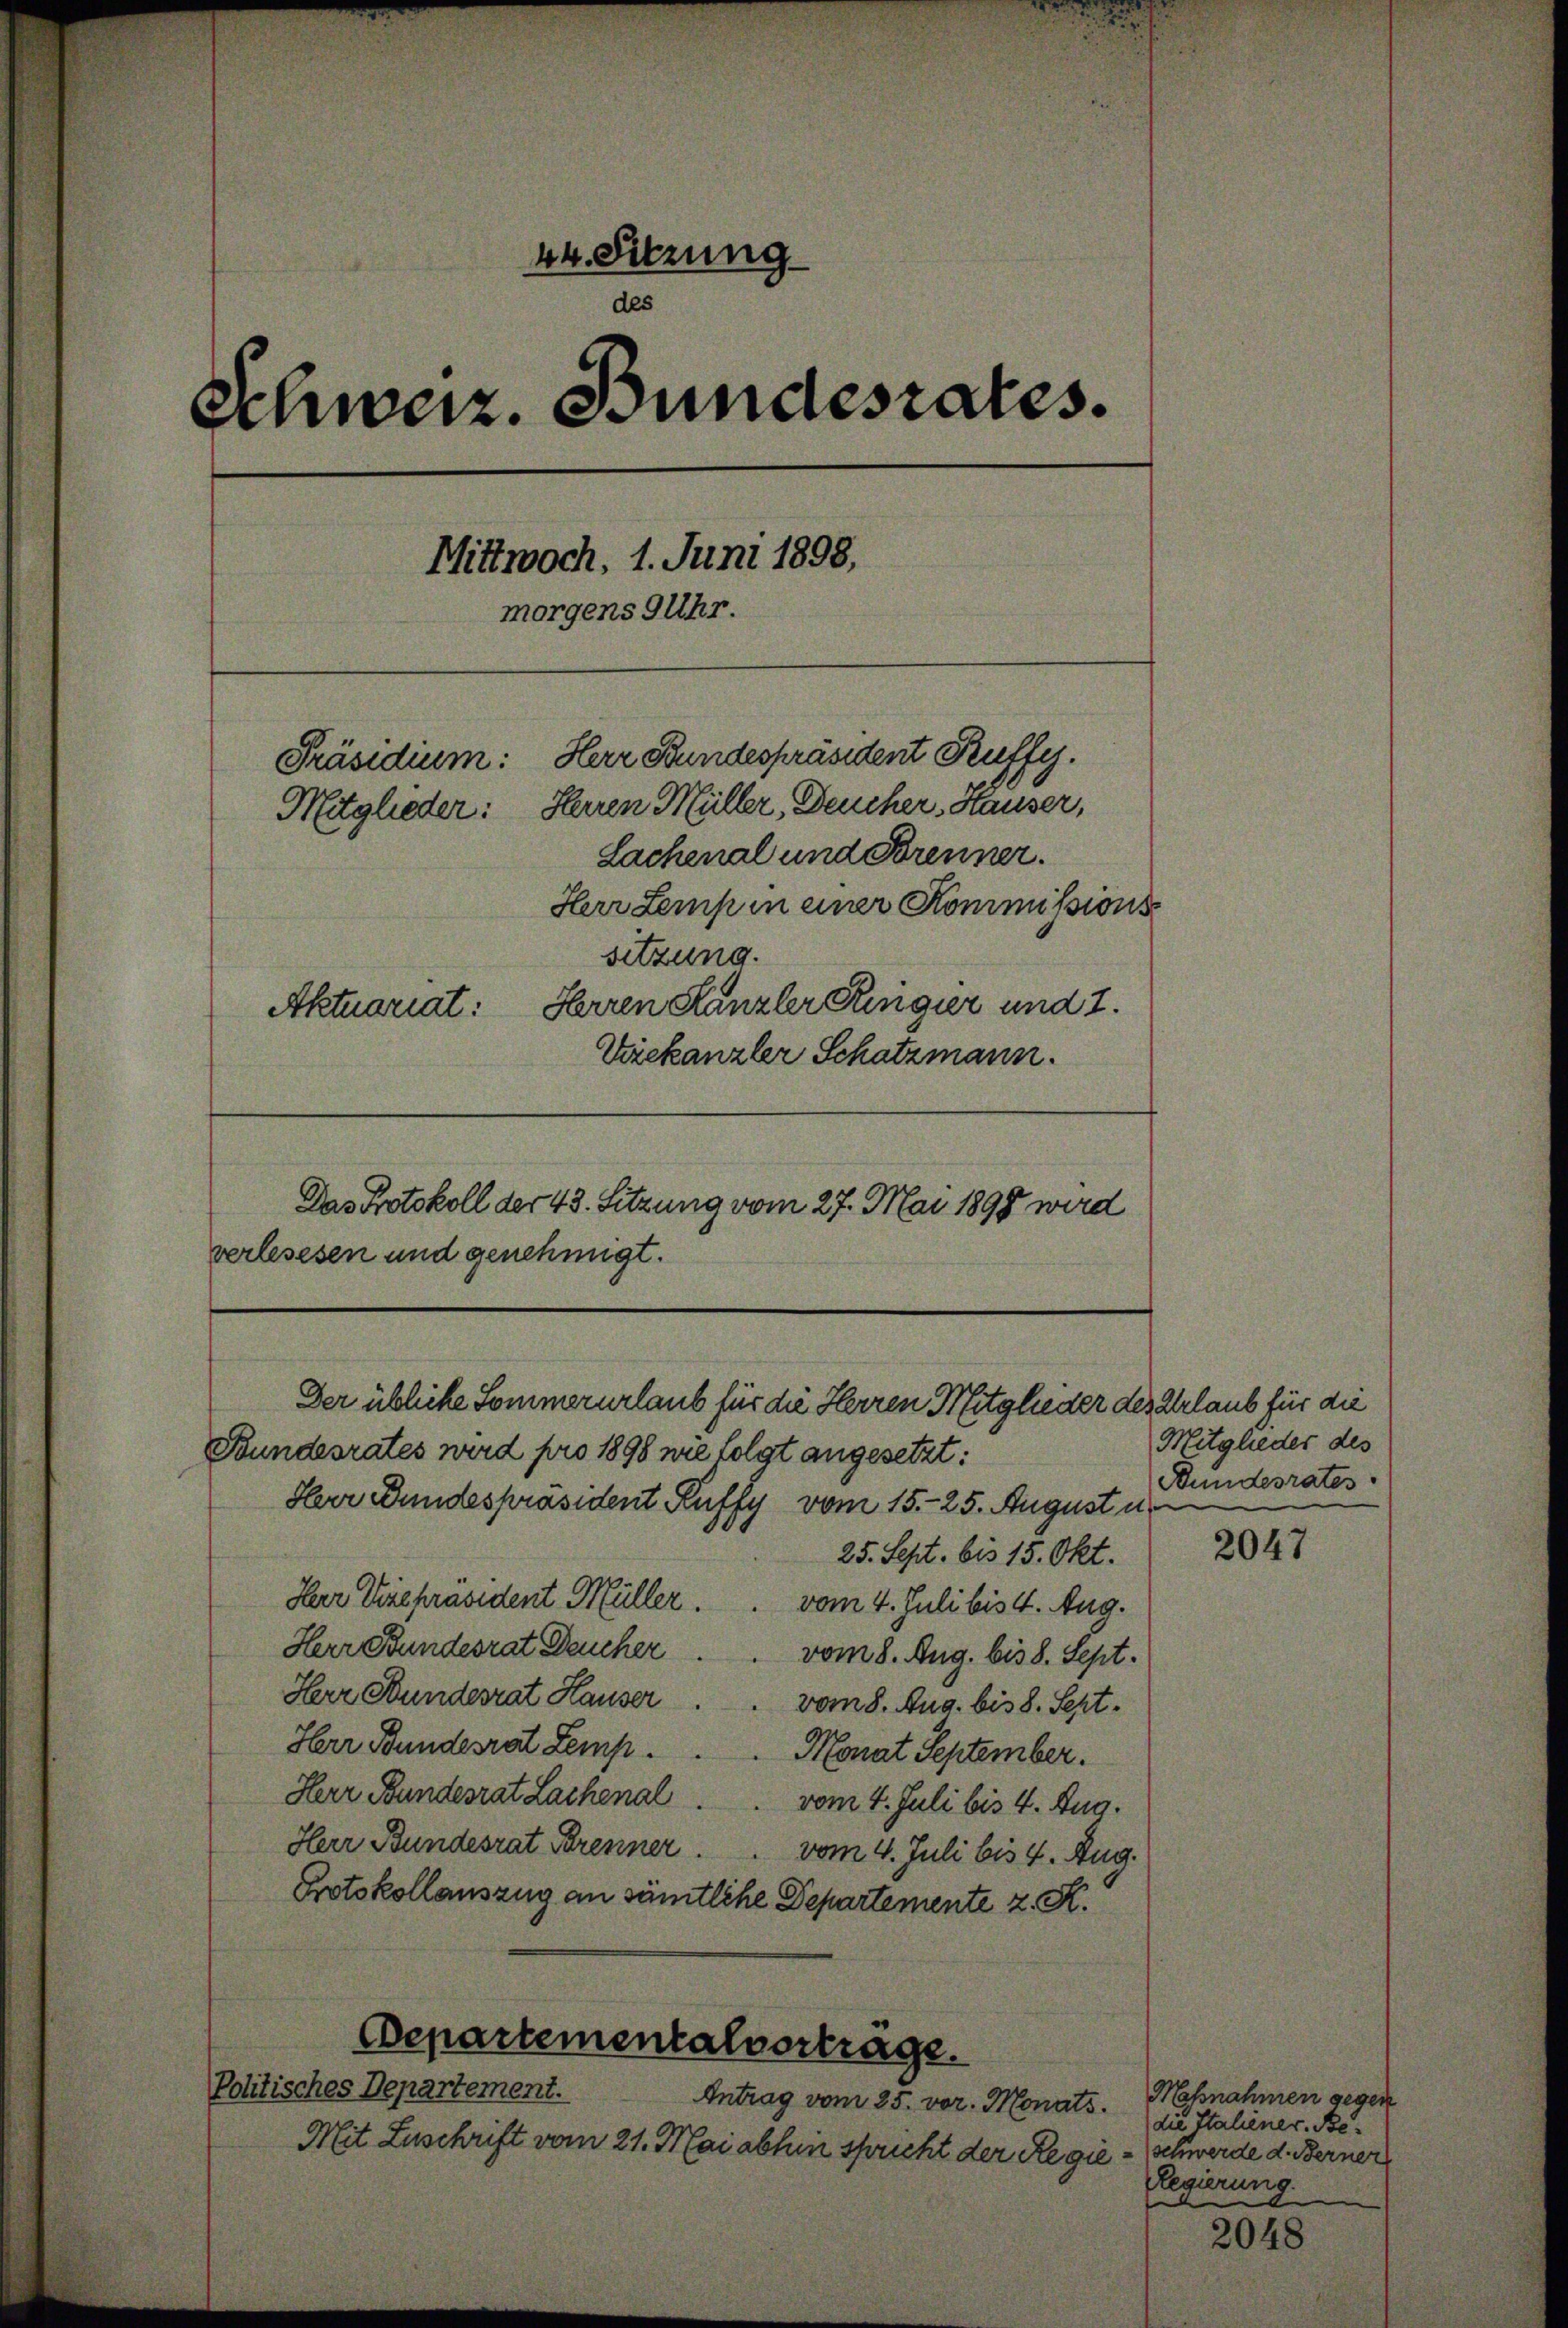
44. Sitzung
des
Schweiz. Bundesrates.
Mittwoch, 1. Juni 1898,
morgens GUhr.
Herr Bundespräsident Kuffy.
Präsidium:
Mitglieder: Herren Müller, Deucher Hauser,
Lachenal und Brenner.
Herr Lemp in einer Kommissions
sitzung.
Aktuariat: Herren Kanzler Regier und 7.
Vrekanzler Schatzmann.
Das Protokoll der 43. Sitzung vom 27. Mai 1898 wird
verlesesen und genehmigt.

Bundesrates wird pro 1898 wie folgt angesetzt:
Herr Bundespräsident Ruffy vom 15. 25. August u
25. Sept. bis 15. Okt.
Herr Vizepräsident Müller.  vom 4. Juli bis 4. Aug.
Herr Bundesrat Deucher . . vom 8. Aug. bis 8. Sept.
Herr Stundesrat Hauser . . vom 8. Aug. bis 8. Sept.
Herr Bundesrat Zemp.
Monat September.
Herr Bundesrat Lachenal. vom 4. Juli bis 4. Aug.
Herr Bundesrat Brenner. vom 4. Juli bis 4. Aug.
Protokollauszug an sämtliche Departemente z. R.

Politisches Departement.
Antrag vom 25. vor. Monats.
Mit Zuschrift vom 21. Mai abhin spricht der Regie

Der üblicke Sommerurlaub für die Herren Mitglieder des Erlaub für die

Departementalvertrage.

Mitglieder des
Bundesrates

2047

Massnahmen gegen
die Italiener Be¬
(schwerde d. Berner
Regierung.

2048